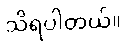
သိရပါတယ်။